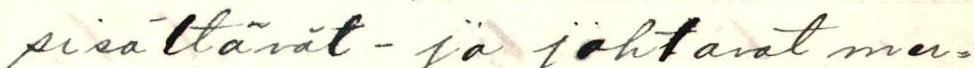
sisältävät - ja johtavat mer=